Report of the Indian Hemp Drugs Commission, 1894-1895 - Volume I
Year: 1894
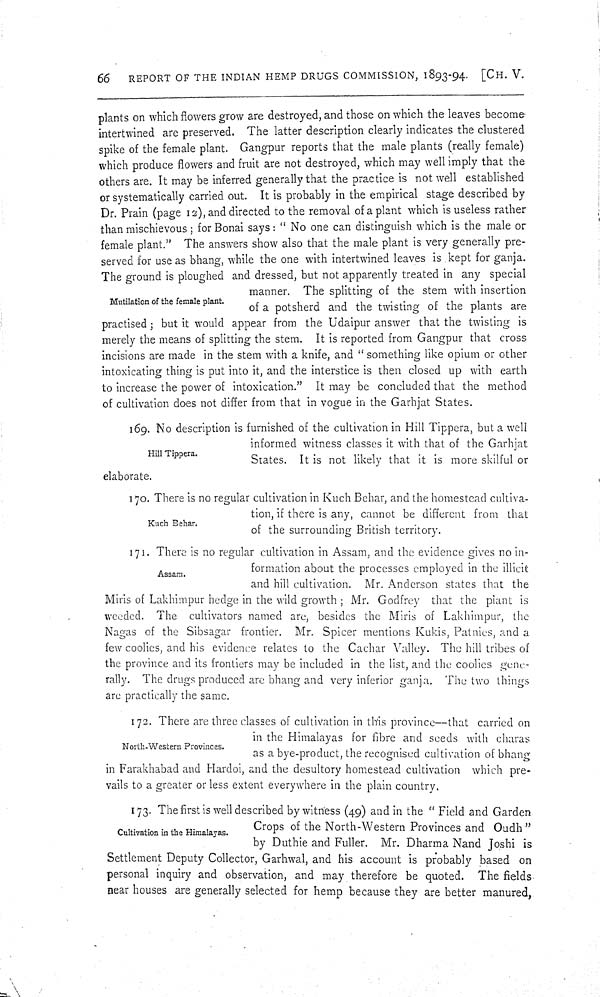
66
REPORT OF THE INDIAN HEMP DRUGS COMMISSION, 1893-94. [CH. V.
Mutilation of the female plant.
plants on which flowers grow are destroyed, and those on which the leaves become
intertwined are preserved. The latter description clearly indicates the clustered
spike of the female plant. Gangpur reports that the male plants (really female)
which produce flowers and fruit are not destroyed, which may well imply that the
others are. It may be inferred generally that the practice is not well established
or systematically carried out. It is probably in the empirical stage described by
Dr. Prain (page 12), and directed to the removal of a plant which is useless rather
than mischievous; for Bonai says: "No one can distinguish which is the male or
female plant." The answers show also that the male plant is very generally pre-
served for use as bhang, while the one with intertwined leaves is kept for ganja.
The ground is ploughed and dressed, but not apparently treated in any special
manner. The splitting of the stem with insertion
of a potsherd and the twisting of the plants are
practised; but it would appear from the Udaipur answer that the twisting is
merely the means of splitting the stem. It is reported from Gangpur that cross
incisions are made in the stem with a knife, and "something like opium or other
intoxicating thing is put into it, and the interstice is then closed up with earth
to increase the power of intoxication." It may be concluded that the method
of cultivation does not differ from that in vogue in the Garhjat States.
Hill Tippera.
169. No description is furnished of the cultivation in Hill Tippera, but a well
informed witness classes it with that of the Garhjat
States. It is not likely that it is more skilful or
elaborate.
Kuch Behar.
170. There is no regular cultivation in Kuch Behar, and the homestead cultiva-
tion, if there is any, cannot be different from that
of the surrounding British territory.
Assam.
171. There is no regular cultivation in Assam, and the evidence gives no in-
formation about the processes employed in the illicit
and hill cultivation. Mr. Anderson states that the
Miris of Lakhimpur hedge in the wild growth; Mr. Godfrey that the plant is
weeded. The cultivators named are, besides the Miris of Lakhimpur, the
Nagas of the Sibsagar frontier. Mr. Spicer mentions Kukis, Patnies, and a
few coolies, and his evidence relates to the Cachar Valley. The hill tribes of
the province and its frontiers may be included in the list, and the coolies gene-
rally. The drugs produced are bhang and very inferior ganja. The two things
are practically the same.
North-Western Provinces.
172. There are three classes of cultivation in this province—that carried on
in the Himalayas for fibre and seeds with charas
as a bye-product, the recognised cultivation of bhang
in Farakhabad and Hardoi, and the desultory homestead cultivation which pre-
vails to a greater or less extent everywhere in the plain country.
Cultivation in the Himalayas.
173. The first is well described by witness (49) and in the "Field and Garden
Crops of the North-Western Provinces and Oudh"
by Duthie and Fuller. Mr. Dharma Nand Joshi is
Settlement Deputy Collector, Garhwal, and his account is probably based on
personal inquiry and observation, and may therefore be quoted. The fields
near houses are generally selected for hemp because they are better manured,